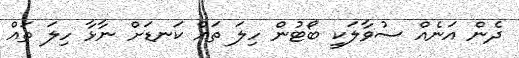
ދެން އަނެއް ސުވާލަކީ ބޯޓުން ހިލަ ތައް ކަނޑަށް ނާޅާ ހިލަ ތައް